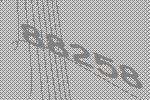
88258